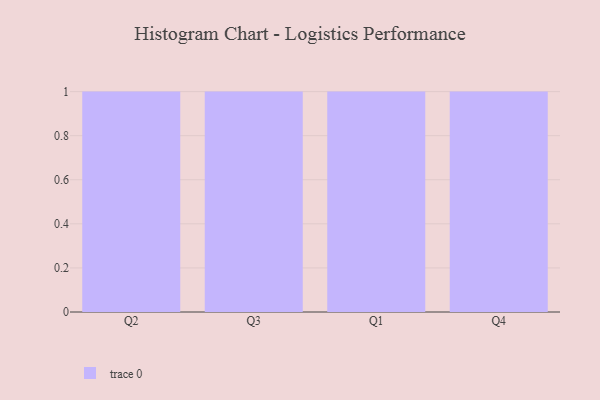
{"axis": {"x": "Quarter", "y": "Production Output"}, "legend": [""], "data": [{"x": "Q2", "y": 53, "type": ""}, {"x": "Q3", "y": 83, "type": ""}, {"x": "Q1", "y": 66, "type": ""}, {"x": "Q4", "y": 14, "type": ""}]}